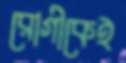
রোগীকেই